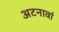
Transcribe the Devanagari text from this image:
अटनावां